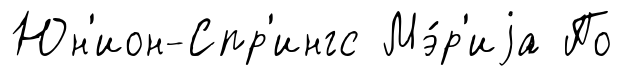
Юн'ион-Спр'ингс Мэ́р'иjа По